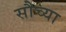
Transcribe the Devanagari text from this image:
सौच्या